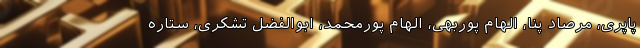
پاپری، مرصاد پنا، الهام پوربهی، الهام پورمحمد، ابوالفضل تشکری، ستاره